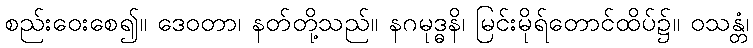
စည်းဝေးစေ၍။ ဒေဝတာ၊ နတ်တို့သည်။ နဂမုဒ္ဓနိ၊ မြင်းမိုရ်တောင်ထိပ်၌။ ဝသန္တံ၊